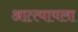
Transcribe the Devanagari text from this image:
आत्त्यायला